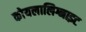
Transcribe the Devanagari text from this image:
कोयलालिग्नाइट